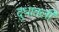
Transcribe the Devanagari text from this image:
दुधातली